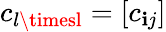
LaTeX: c_{l\timesl}=[c_{\mathbf{i}j}]